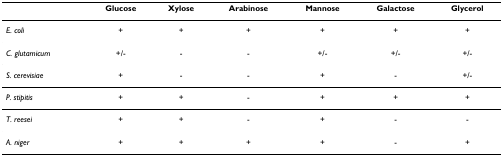
<table><thead><tr><td></td><td><b>Glucose</b></td><td><b>Xylose</b></td><td><b>Arabinose</b></td><td><b>Mannose</b></td><td><b>Galactose</b></td><td><b>Glycerol</b></td></tr></thead><tbody><tr><td><i>E. coli</i></td><td>+</td><td>+</td><td>+</td><td>+</td><td>+</td><td>+</td></tr><tr><td><i>C. glutamicum</i></td><td>+/-</td><td>-</td><td>-</td><td>+/-</td><td>+/-</td><td>+/-</td></tr><tr><td><i>S. cerevisiae</i></td><td>+</td><td>-</td><td>-</td><td>+</td><td>-</td><td>+/-</td></tr><tr><td><i>P. stipitis</i></td><td>+</td><td>+</td><td>-</td><td>+</td><td>+</td><td>+</td></tr><tr><td><i>T. reesei</i></td><td>+</td><td>+</td><td>-</td><td>+</td><td>-</td><td>-</td></tr><tr><td><i>A. niger</i></td><td>+</td><td>+</td><td>+</td><td>+</td><td>-</td><td>+</td></tr></tbody></table>